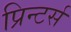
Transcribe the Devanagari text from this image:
प्रिन्टर्स